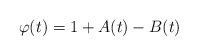
LaTeX: \begin{align*}\varphi(t)=1+A(t)-B(t)\end{align*}